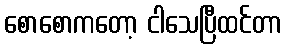
စောစောကတော့ ငါသေပြီထင်တာ